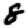
Digit: 8